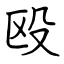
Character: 殴